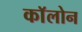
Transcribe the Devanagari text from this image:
काॅलोन